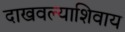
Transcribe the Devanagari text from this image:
दाखवल्याशिवाय